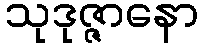
သုဒုဇ္ဇာနော